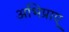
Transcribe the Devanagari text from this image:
अभिप्राए